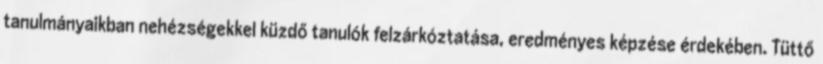
tanulmányaikban nehézségekkel küzdő tanulók felzárkóztatása, eredményes képzése érdekében. Tüttő